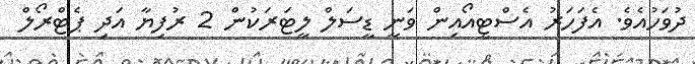
ދުވަހުއެވެ. އެފަހަރު އެސްޓީއޯއިން ވަނީ ޑީސަލް ލީޓަރަކުން 2 ރުފިޔާ އަދި ޕެޓްރޯލް